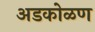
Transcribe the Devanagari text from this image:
अडकोळण